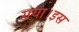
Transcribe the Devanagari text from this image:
गया।इस